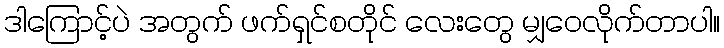
ဒါကြောင့်ပဲ အတွက် ဖက်ရှင်စတိုင် လေးတွေ မျှဝေလိုက်တာပါ။